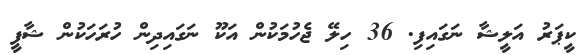
ކީޕަރު އަލީޝާ ނަގައިފި. 36 ހިލޭ ޖެހުމަކުން އަކޫ ނަގައިދިން ހުރަހަކުން ޝާފީ